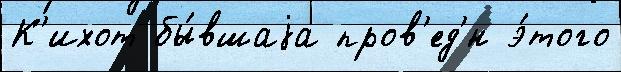
К'ихот бы́вшаjа пров'ед'́н э́того